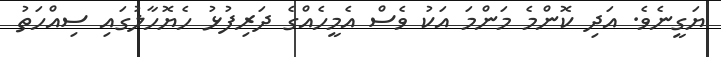
ޔަގީނެވެ. އަދި ކޮންމެ މަންމަ އަކު ވެސް އެމީހެއްގެ ދަރިފުޅު ހެޔޮހާލުގައި ސިއްހަތު